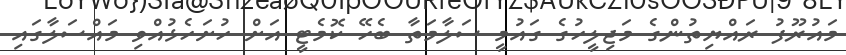
މައުރޫފު ރައްޔިތުންގެ މަޖިލީހުގެ ގައުމީ ސަލާމަތާ ބެހޭ ކޮމެޓީ އަށް ހުށަހެޅުއްވި މައްސަލާގައި